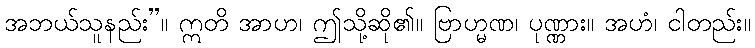
အဘယ်သူနည်း”။ ဣတိ အာဟ၊ ဤသို့ဆို၏။ ဗြာဟ္မဏ၊ ပုဏ္ဏား။ အဟံ၊ ငါတည်း။